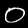
Label: 0